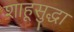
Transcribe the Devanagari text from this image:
शाहूसुद्धा